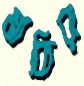
মাকিরা